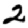
Digit: 2